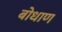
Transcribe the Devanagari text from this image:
बोधाण